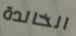
الخالدة